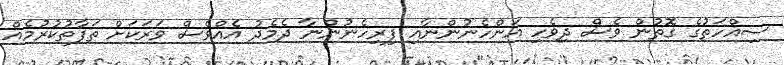
ސިއްހަތުގެ ގޮތުން ވެސް ދިވެހި އަންހެނުންނާއި ފިރިހެނުންނާ ދެމެދު އެއްވެސް ވަރަކަށް ތަފާތުކުރުމެއް